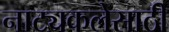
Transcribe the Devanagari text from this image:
नाट्यकलेसाठी